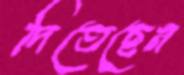
দিতেছেন